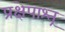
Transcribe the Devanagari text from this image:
प्रक्षेपाश्त्र